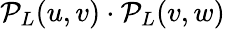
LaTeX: \mathcal{P}_{L}(u,v)\cdot\mathcal{P}_{L}(v,w)